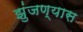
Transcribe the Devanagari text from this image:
झुंजण्यास